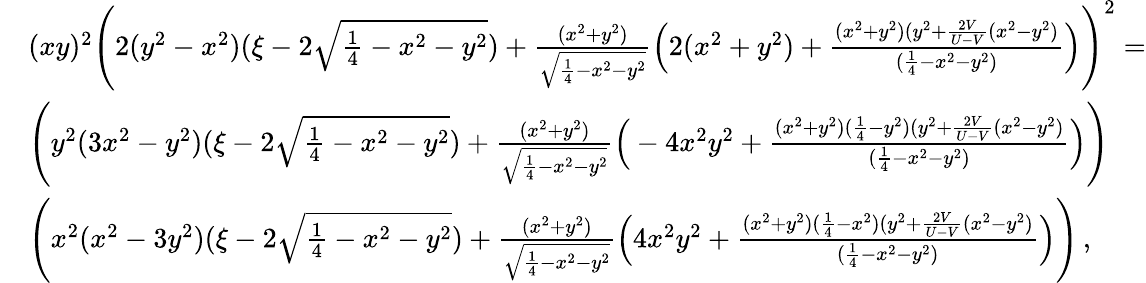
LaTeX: \begin{array}{rl}&{(xy)^{2}\Bigg(2(y^{2}-x^{2})(\xi-2\sqrt{\frac{1}{4}-x^{2}-y^{2}})+\frac{(x^{2}+y^{2})}{\sqrt{\frac{1}{4}-x^{2}-y^{2}}}\Big(2(x^{2}+y^{2})+\frac{(x^{2}+y^{2})(y^{2}+\frac{2V}{U-V}(x^{2}-y^{2})}{(\frac{1}{4}-x^{2}-y^{2})}\Big)\Bigg)^{2}=}\\ &{\Bigg(y^{2}(3x^{2}-y^{2})(\xi-2\sqrt{\frac{1}{4}-x^{2}-y^{2}})+\frac{(x^{2}+y^{2})}{\sqrt{\frac{1}{4}-x^{2}-y^{2}}}\Big(-4x^{2}y^{2}+\frac{(x^{2}+y^{2})(\frac{1}{4}-y^{2})(y^{2}+\frac{2V}{U-V}(x^{2}-y^{2})}{(\frac{1}{4}-x^{2}-y^{2})}\Big)\Bigg)}\\ &{\Bigg(x^{2}(x^{2}-3y^{2})(\xi-2\sqrt{\frac{1}{4}-x^{2}-y^{2}})+\frac{(x^{2}+y^{2})}{\sqrt{\frac{1}{4}-x^{2}-y^{2}}}\Big(4x^{2}y^{2}+\frac{(x^{2}+y^{2})(\frac{1}{4}-x^{2})(y^{2}+\frac{2V}{U-V}(x^{2}-y^{2})}{(\frac{1}{4}-x^{2}-y^{2})}\Big)\Bigg)\, ,}\end{array}